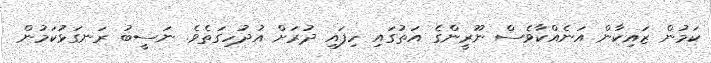
ކަމުން ޒައިކާން އަނެއްކާވެސް ނޫރީންގެ އަތުގައި ހިފައި ދުރަށް އުދުހިގަތެވެ. ނަސީބު ރަނގަޅުކަމުން